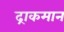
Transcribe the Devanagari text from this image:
द्राकमान